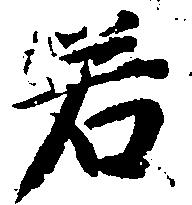
若